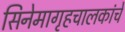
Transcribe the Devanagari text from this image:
सिनेमागृहचालकांचे